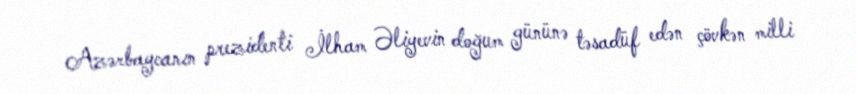
Azərbaycanın prezidenti İlham Əliyevin doğum gününə təsadüf edən çövkən milli